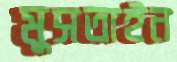
মুসতাইন